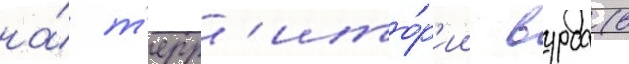
на́ т'ерр'ито́р'ии вурса (в